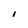
Character: I